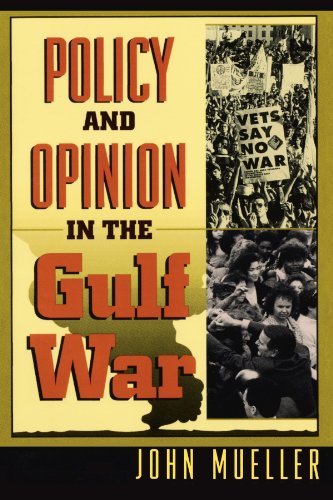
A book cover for Policy and Opinion in the Gulf War (American Politics and Political Economy Series); John Mueller; History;